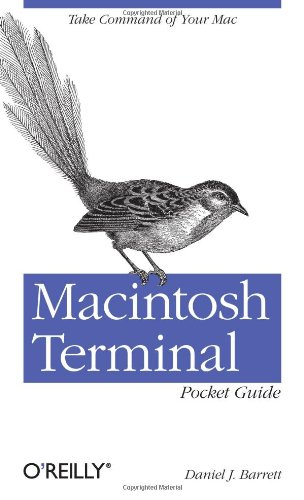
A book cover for Macintosh Terminal Pocket Guide; Daniel J. Barrett; Computers & Technology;